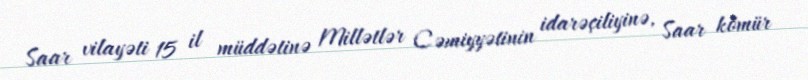
Saar vilayəti 15 il müddətinə Millətlər Cəmiyyətinin idarəçiliyinə, Saar kömür